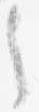
之